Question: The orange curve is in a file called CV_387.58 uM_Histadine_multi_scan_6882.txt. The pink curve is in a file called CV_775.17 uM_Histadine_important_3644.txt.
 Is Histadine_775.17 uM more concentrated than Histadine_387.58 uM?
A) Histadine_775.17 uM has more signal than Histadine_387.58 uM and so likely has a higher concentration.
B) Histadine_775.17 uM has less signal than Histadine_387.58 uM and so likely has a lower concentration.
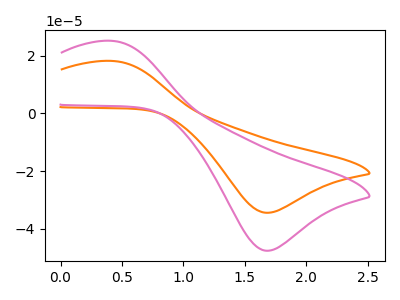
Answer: <think>The orange curve "Histadine_387.58 uM" has an anodic peak at (0.45V, 18.20uA) and a cathodic peak at (1.70V, -34.50uA). The pink curve "Histadine_775.17 uM" has an anodic peak at (0.45V, 25.20uA) and a cathodic peak at (1.70V, -47.65uA).
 All the peaks in "Histadine_775.17 uM" have a peak in "Histadine_387.58 uM" at the same potential. Every peak in "Histadine_775.17 uM" is higher than every peak in "Histadine_387.58 uM".</think>
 <answer>A) "Histadine_775.17 uM" has more signal than "Histadine_387.58 uM" and so likely has a higher concentration.</answer>
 <eval>A</eval>